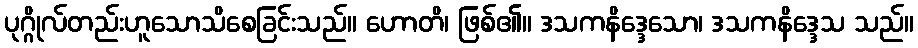
ပုဂ္ဂိုလ်တည်းဟူသောသိစေခြင်းသည်။ ဟောတိ၊ ဖြစ်၏။ ဒသကနိဒ္ဒေသော၊ ဒသကနိဒ္ဒေသ သည်။